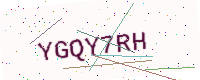
Text: YGQY7RH